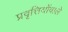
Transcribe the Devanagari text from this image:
प्रवृत्तियोंवाले